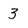
Character: 3